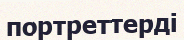
портреттерді